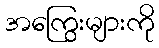
အကြွေးများကို